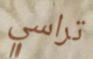
تراسي